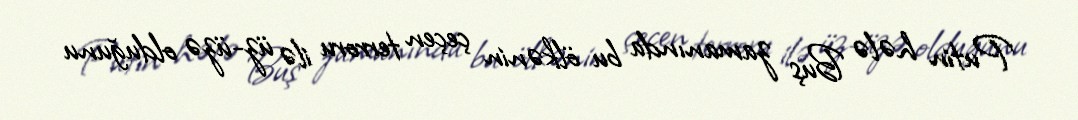
Putin hələ Buş zamanında bu ölkənin çeçen terroru ilə üz-üzə olduğunu